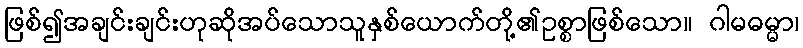
ဖြစ်၍အချင်းချင်းဟုဆိုအပ်သောသူနှစ်ယောက်တို့၏ဥစ္စာဖြစ်သော။ ဂါမဓမ္မာ၊